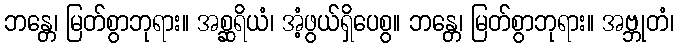
ဘန္တေ၊ မြတ်စွာဘုရား။ အစ္ဆရိယံ၊ အံ့ဖွယ်ရှိပေစွ။ ဘန္တေ၊ မြတ်စွာဘုရား။ အဗ္ဘုတံ၊